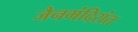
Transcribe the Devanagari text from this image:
जैनमंदिरांत